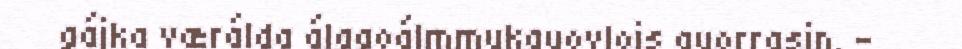
gájka værálda álggoálmmukguovlojs guorrasin. -